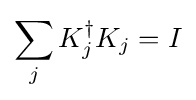
\sum _{j}K_{j}^{\dagger }K_{j}=I